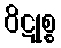
ဝိဋုစ္စ